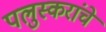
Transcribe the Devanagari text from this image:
पलुस्करांचे